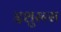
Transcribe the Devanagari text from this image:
इशुरन्स